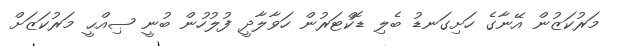
މަރުކަޒުން އޭނާގެ ހަށިގަނޑު ބެލި ޑޮކްޓަރުން ހަވާލާދީ ފުލުހުން ބުނީ ޞިއްޙީ މަރުކަޒަށް